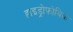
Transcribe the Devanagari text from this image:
हाइड्रोफ़ोबिक